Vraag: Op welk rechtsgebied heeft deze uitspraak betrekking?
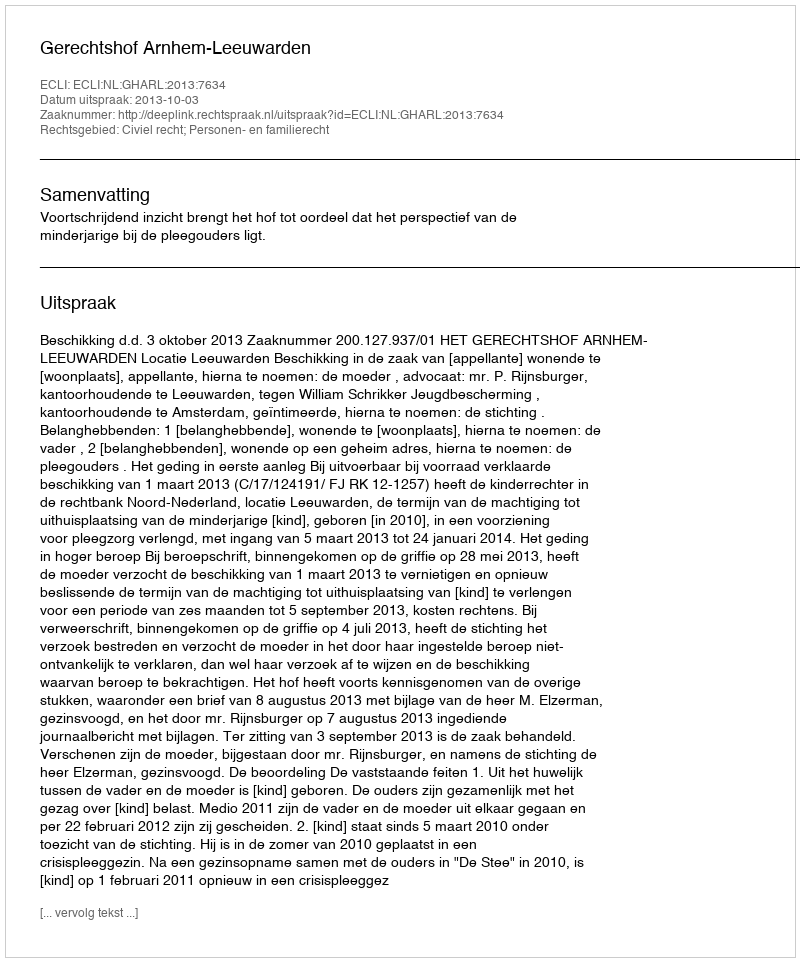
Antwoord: Civiel recht; Personen- en familierecht